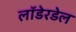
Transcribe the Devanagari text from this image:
लॉडेरडेल